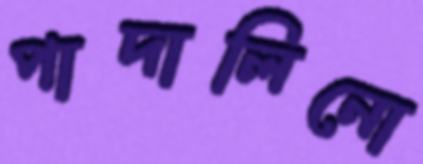
পাদালিনো